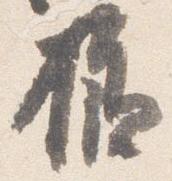
様